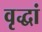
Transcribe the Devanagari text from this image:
वृद्धां